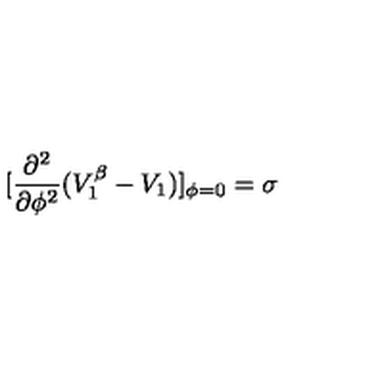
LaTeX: [ \frac { \partial ^ { 2 } } { \partial \phi ^ { 2 } } ( V _ { 1 } ^ { \beta } - V _ { 1 } ) ] _ { \phi = 0 } = \sigma